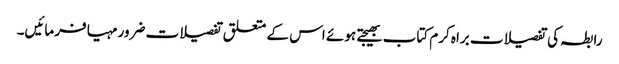
رابطہ کی تفصیلات براہ کرم کتاب بھیجتے ہوئے اس کے متعلق تفصیلات ضرور مہیا فرمائیں۔